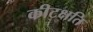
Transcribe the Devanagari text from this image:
कीटक्षति